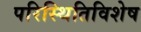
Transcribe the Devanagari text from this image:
परिस्थितिविशेष